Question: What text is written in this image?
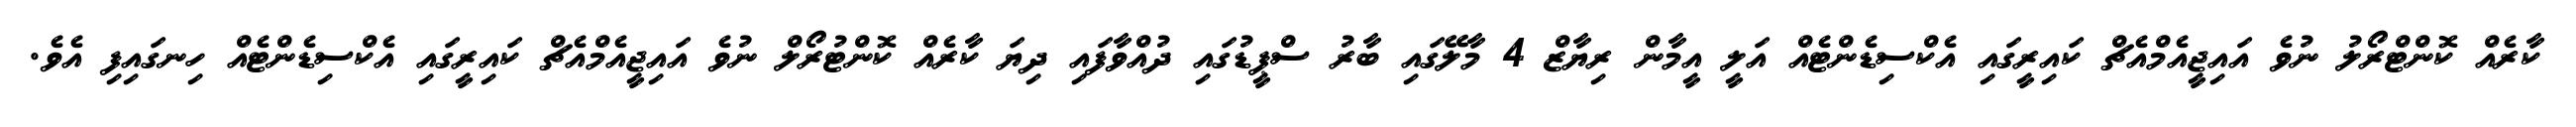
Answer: ކާރެއް ކޮންޓްރޯލު ނުވެ އައިޖީއެމްއެޗް ކައިރީގައި އެކްސިޑެންޓެއް އަލީ އީމާން ރިޔާޒް 4 މާލޭގައި ބާރު ސްޕީޑުގައި ދުއްވާފައި ދިޔަ ކާރެއް ކޮންޓުރޯލް ނުވެ އައިޖީއެމްއެޗް ކައިރީގައި އެކްސިޑެންޓެއް ހިނގައިފި އެވެ.